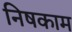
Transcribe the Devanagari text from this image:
निषकाम